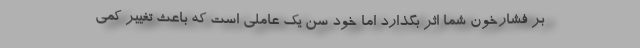
بر فشارخون شما اثر بگذارد اما خود سن یک عاملی است که باعث تغییر کمی